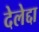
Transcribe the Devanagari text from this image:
देलेद्दा